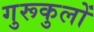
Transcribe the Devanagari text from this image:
गुरूकुलों